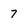
Character: 7